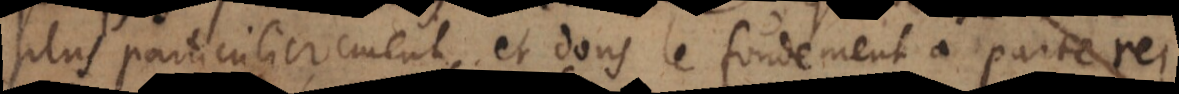
plus particulierement, et dont le fondement a parte rei